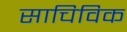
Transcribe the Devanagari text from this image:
साचिविक